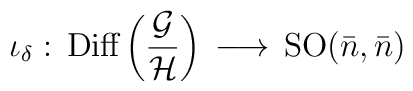
\iota_\delta : \, \mbox{Diff}\left ({{\cal G}\over{\cal H}} \right )\, \longrightarrow \, \mathrm{SO}({\bar n}, {\bar n})